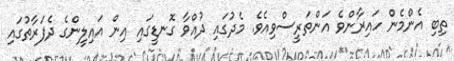
ތިބި އެންމެން ހައިރާންވެ އަންތަރީސްވިއެވެ. މެދުގައި ދުއްވާ ގޮނޑީގައި އިން އައިލީންގެ ދެފަރާތުގައި